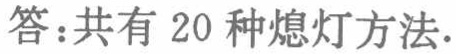
答：共有 20 种熄灯方法.